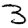
Digit: 3